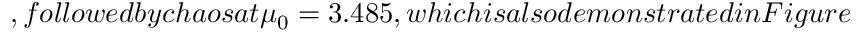
, f o l l o w e d b y c h a o s a t \mu _ { 0 } = 3 . 4 8 5 , w h i c h i s a l s o d e m o n s t r a t e d i n F i g u r e